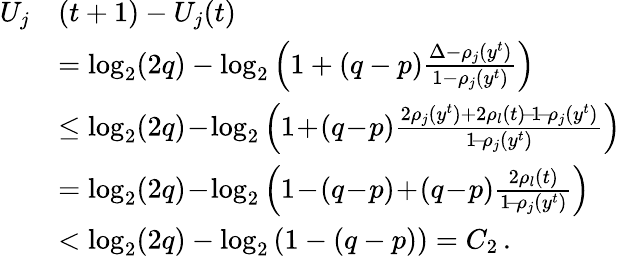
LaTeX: \begin{array}{rl}{U_{j}}&{(t+1)-U_{j}(t)}\\ &{=\log_{2}(2q)-\log_{2}\left(1+(q-p)\frac{\Delta-\rho_{j}(y^{t})}{1-\rho_{j}(y^{t})}\right)}\\ &{\le\log_{2}(2q)\! -\! \log_{2}\left(1\! +\! (q\! -\! p)\frac{2\rho_{j}(y^{t})+2\rho_{l}(t)\! -\! 1\! -\! \rho_{j}(y^{t})}{1\! -\! \rho_{j}(y^{t})}\right)}\\ &{=\log_{2}(2q)\! -\! \log_{2}\left(1\! -\! (q\! -\! p)\! +\! (q\! -\! p)\frac{2\rho_{l}(t)}{1\! -\! \rho_{j}(y^{t})}\right)}\\ &{<\log_{2}(2q)-\log_{2}\left(1-(q-p)\right)=C_{2}\, .}\end{array}